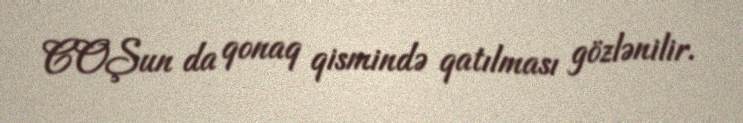
COŞun da qonaq qismində qatılması gözlənilir.